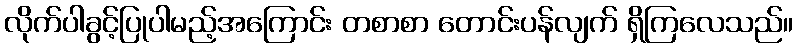
လိုက်ပါခွင့်ပြုပါမည့်အကြောင်း တစာစာ တောင်းပန်လျက် ရှိကြလေသည်။